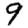
Digit: 9